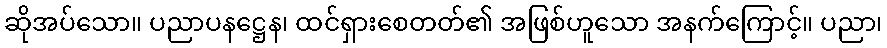
ဆိုအပ်သော။ ပညာပနဋ္ဌေန၊ ထင်ရှားစေတတ်၏ အဖြစ်ဟူသော အနက်ကြောင့်။ ပညာ၊